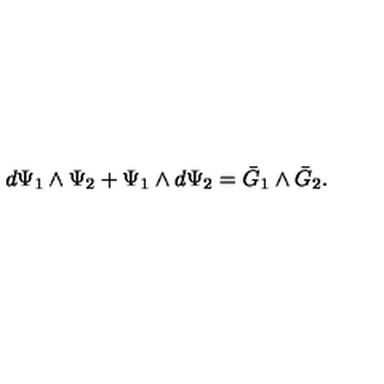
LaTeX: d \Psi _ { 1 } \wedge \Psi _ { 2 } + \Psi _ { 1 } \wedge d \Psi _ { 2 } = \bar { G } _ { 1 } \wedge \bar { G } _ { 2 } .